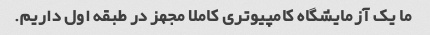
ما یک آزمایشگاه کامپیوتری کاملا مجهز در طبقه اول داریم.